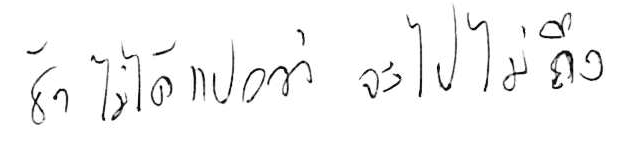
ช้า ไม่ได้แปลว่า จะไปไม่ถึง